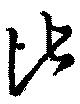
比